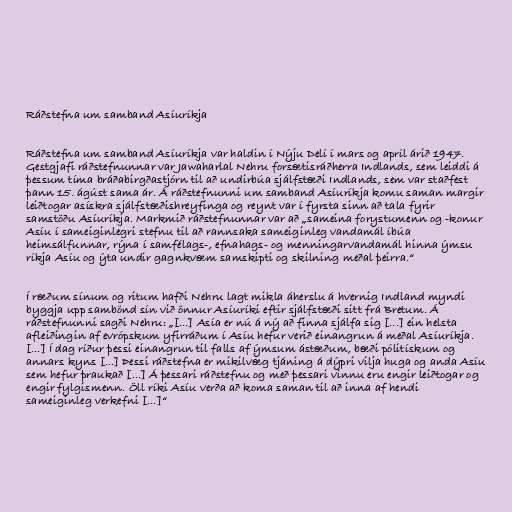
Ráðstefna um samband Asíuríkja

Ráðstefna um samband Asíuríkja var haldin í Nýju Delí í mars og apríl árið 1947.
Gestgjafi ráðstefnunnar var Jawaharlal Nehru forsætisráðherra Indlands, sem leiddi á
þessum tíma bráðabirgðastjórn til að undirbúa sjálfstæði Indlands, sem var staðfest
þann 15. ágúst sama ár. Á ráðstefnunni um samband Asíuríkja komu saman margir
leiðtogar asískra sjálfstæðishreyfinga og reynt var í fyrsta sinn að tala fyrir
samstöðu Asíuríkja. Markmið ráðstefnunnar var að „sameina forystumenn og -konur
Asíu í sameiginlegri stefnu til að rannsaka sameiginleg vandamál íbúa
heimsálfunnar, rýna í samfélags-, efnahags- og menningarvandamál hinna ýmsu
ríkja Asíu og ýta undir gagnkvæm samskipti og skilning meðal þeirra.“

Í ræðum sínum og ritum hafði Nehru lagt mikla áherslu á hvernig Indland myndi
byggja upp sambönd sín við önnur Asíuríki eftir sjálfstæði sitt frá Bretum. Á
ráðstefnunni sagði Nehru: „[...] Asía er nú á ný að finna sjálfa sig [...] ein helsta
afleiðingin af evrópskum yfirráðum í Asíu hefur verið einangrun á meðal Asíuríkja.
[...] Í dag ríður þessi einangrun til falls af ýmsum ástæðum, bæði pólitískum og
annars kyns [...] Þessi ráðstefna er mikilvæg tjáning á dýpri vilja huga og anda Asíu
sem hefur þraukað [...] Á þessari ráðstefnu og með þessari vinnu eru engir leiðtogar og
engir fylgismenn. Öll ríki Asíu verða að koma saman til að inna af hendi
sameiginleg verkefni [...]“